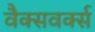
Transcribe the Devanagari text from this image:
वैक्सवर्क्स